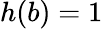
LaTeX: h(b)=1